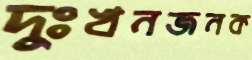
দুঃখনজনক